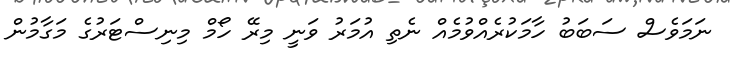
ނަމަވެސް ސަބަބު ހާމަކުރެއްވުމެއް ނެތި އުމަރު ވަނީ މިރޭ ހޯމް މިނިސްޓަރުގެ މަގާމުން